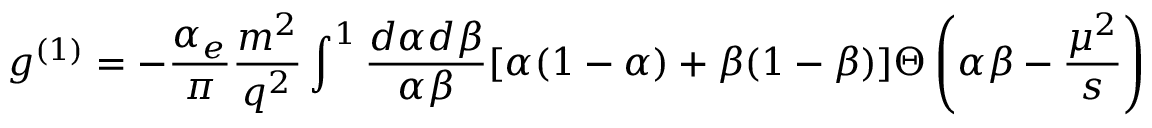
g ^ { ( 1 ) } = - \frac { \alpha _ { e } } { \pi } \frac { m ^ { 2 } } { q ^ { 2 } } \int ^ { 1 } \frac { d \alpha d \beta } { \alpha \beta } [ \alpha ( 1 - \alpha ) + \beta ( 1 - \beta ) ] \Theta \left( \alpha \beta - \frac { \mu ^ { 2 } } { s } \right)